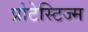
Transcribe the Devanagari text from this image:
प्रोटेस्टिज्म